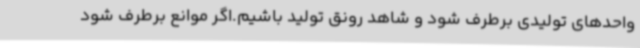
واحدهای تولیدی برطرف شود و شاهد رونق تولید باشیم.اگر موانع برطرف شود